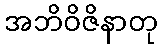
အဘိဝိဇိနာတု